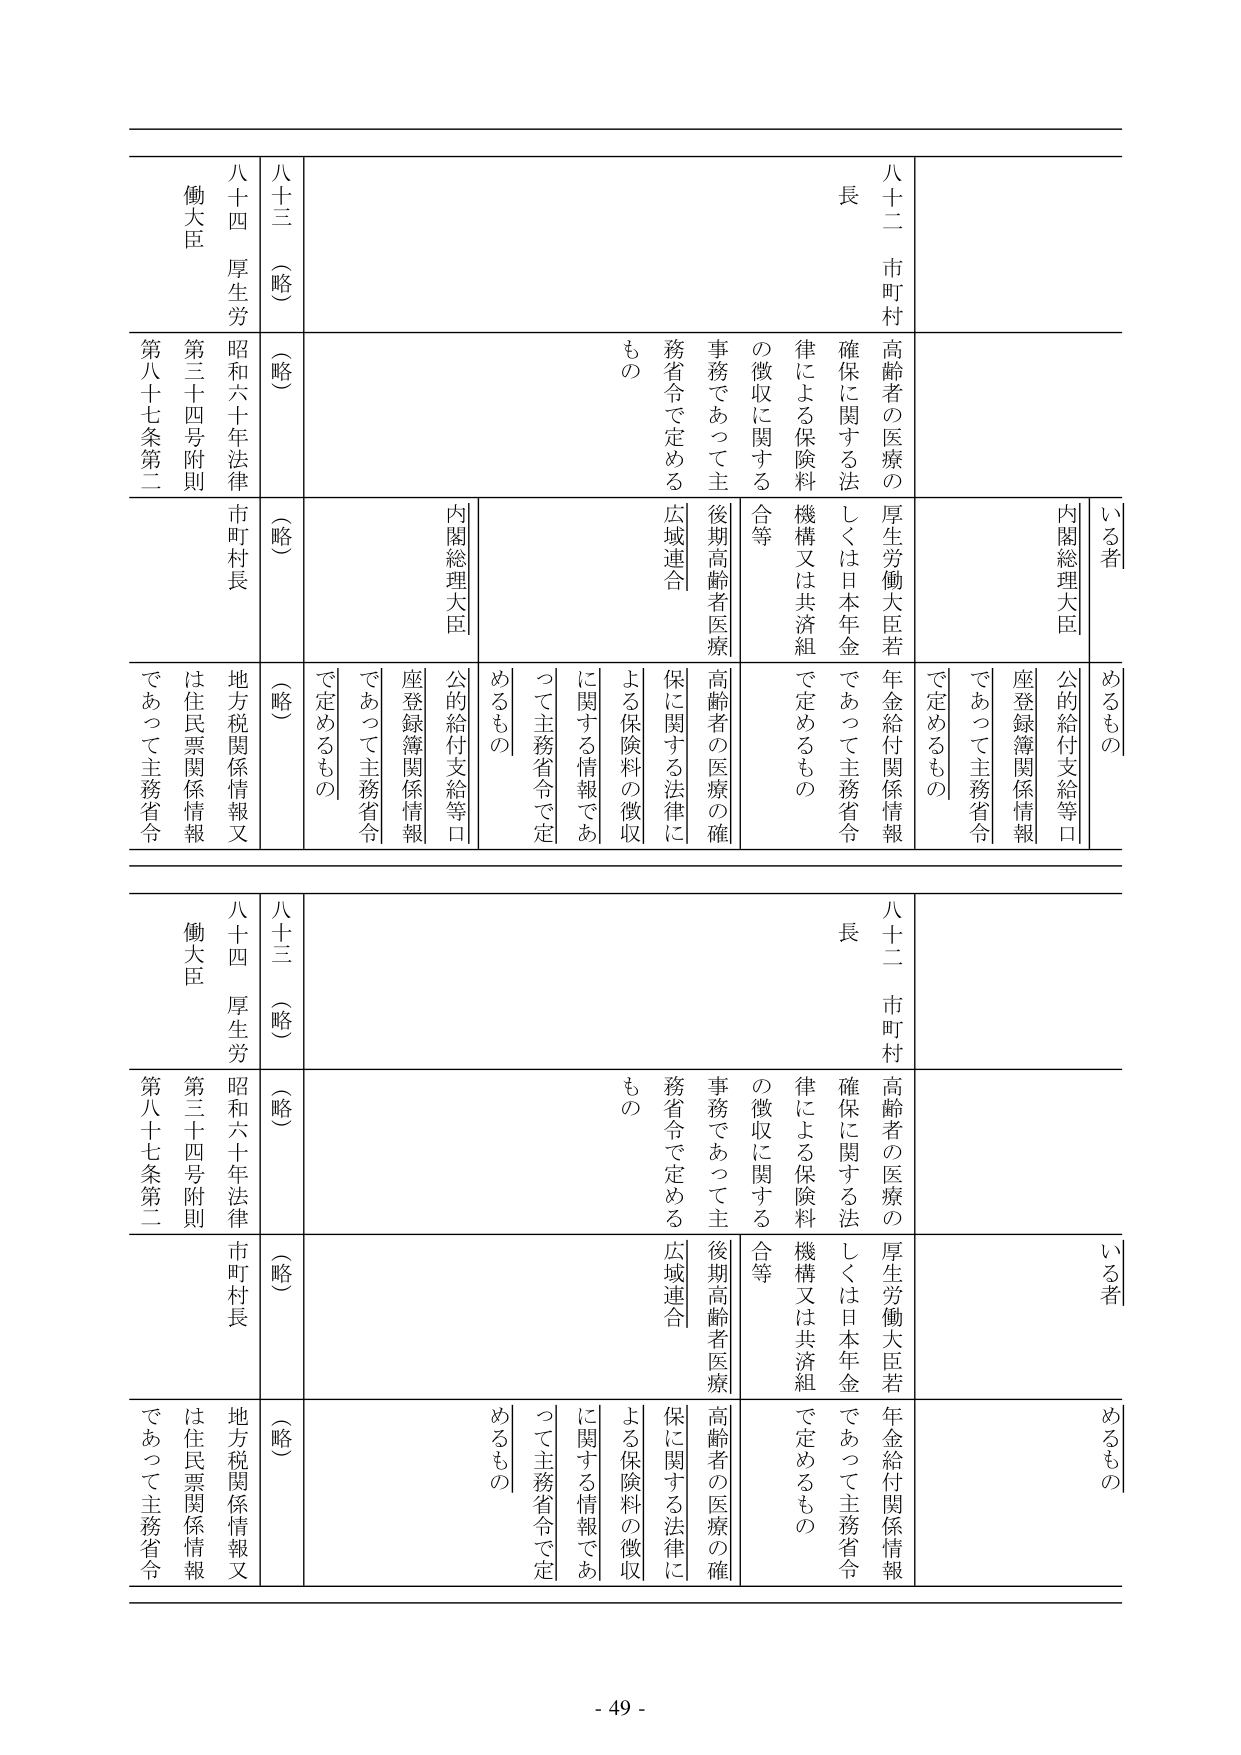
八十二 市町村 長
高齢者の医療の確保に関する法律による保険料の徴収に関する事務であって主務省令で定めるもの
厚生労働大臣若しくは日本年金機構又は共済組合等
後期高齢者医療広域連合
高齢者の医療の確保に関する法律による保険料の徴収に関する情報であって主務省令で定めるもの
内閣総理大臣
いる者
めるもの
公的給付支給等口座登録簿関係情報
であって主務省令で定めるもの
年金給付関係情報
であって主務省令で定めるもの

八十三 （略）
（略）
（略）
（略）
（略）
（略）

八十四 厚生労働大臣
昭和六十年法律第三十四号附則第八十七条第二
市町村長
地方税関係情報又は住民票関係情報
であって主務省令で定めるもの
公的給付支給等口座登録簿関係情報
であって主務省令で定めるもの

八十二 市町村 長
高齢者の医療の確保に関する法律による保険料の徴収に関する事務であって主務省令で定めるもの
厚生労働大臣若しくは日本年金機構又は共済組合等
後期高齢者医療広域連合
高齢者の医療の確保に関する法律による保険料の徴収に関する情報であって主務省令で定めるもの
内閣総理大臣
いる者
めるもの
公的給付支給等口座登録簿関係情報
であって主務省令で定めるもの
年金給付関係情報
であって主務省令で定めるもの

八十三 （略）
（略）
（略）
（略）
（略）
（略）

八十四 厚生労働大臣
昭和六十年法律第三十四号附則第八十七条第二
市町村長
地方税関係情報又は住民票関係情報
であって主務省令で定めるもの
公的給付支給等口座登録簿関係情報
であって主務省令で定めるもの

- 49 -